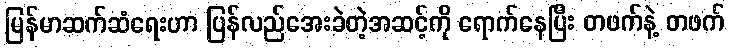
မြန်မာဆက်ဆံရေးဟာ ပြန်လည်အေးခဲတဲ့အဆင့်ကို ရောက်နေပြီး တဖက်နဲ့ တဖက်